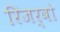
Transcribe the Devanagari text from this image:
रिजर्वो